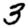
Digit: 3